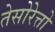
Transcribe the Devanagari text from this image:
तेसोरेत्तो